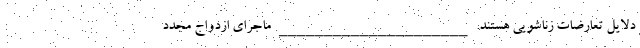
دلایل تعارضات زناشویی هستند. _____________________ ماجرای ازدواج مجدد